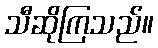
သီဆိုကြသည်။